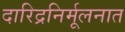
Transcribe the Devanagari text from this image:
दारिद्रनिर्मूलनात